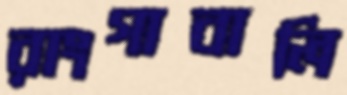
রাংগাবালি